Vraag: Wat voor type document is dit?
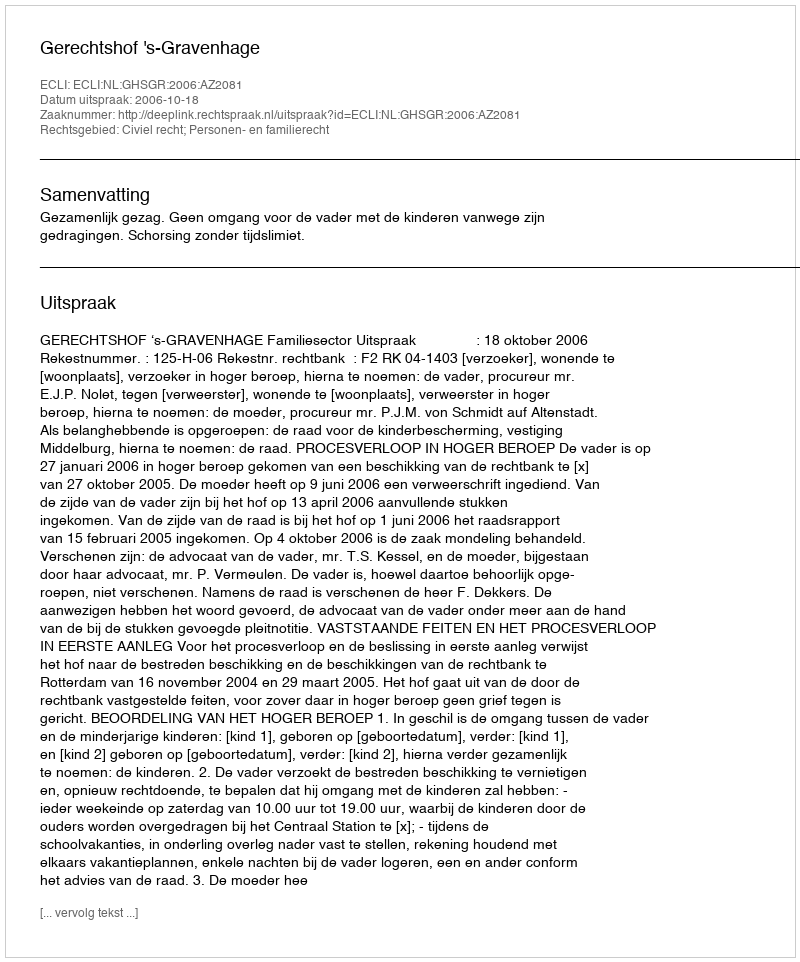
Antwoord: Uitspraak